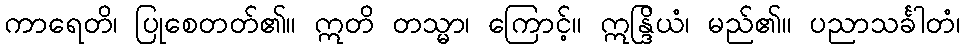
ကာရေတိ၊ ပြုစေတတ်၏။ ဣတိ တသ္မာ၊ ကြောင့်။ ဣန္ဒြိယံ၊ မည်၏။ ပညာသင်္ခါတံ၊